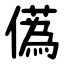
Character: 儰